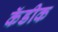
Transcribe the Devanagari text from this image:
कॅडीक